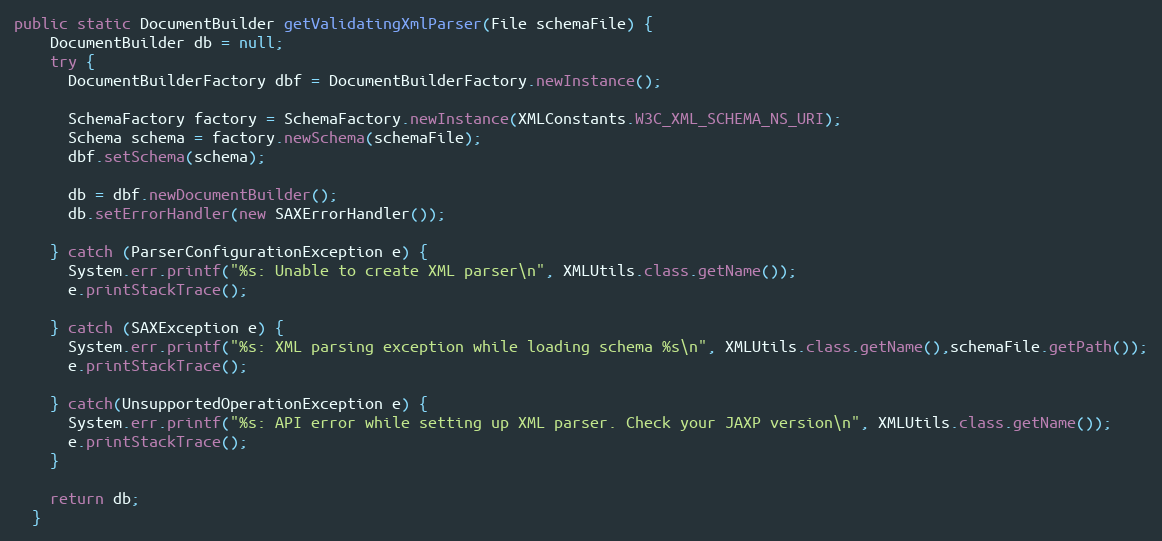
Language: Java
public static DocumentBuilder getValidatingXmlParser(File schemaFile) {
    DocumentBuilder db = null;
    try {
      DocumentBuilderFactory dbf = DocumentBuilderFactory.newInstance();

      SchemaFactory factory = SchemaFactory.newInstance(XMLConstants.W3C_XML_SCHEMA_NS_URI);
      Schema schema = factory.newSchema(schemaFile);
      dbf.setSchema(schema);

      db = dbf.newDocumentBuilder();
      db.setErrorHandler(new SAXErrorHandler());

    } catch (ParserConfigurationException e) {
      System.err.printf("%s: Unable to create XML parser\n", XMLUtils.class.getName());
      e.printStackTrace();

    } catch (SAXException e) {
      System.err.printf("%s: XML parsing exception while loading schema %s\n", XMLUtils.class.getName(),schemaFile.getPath());
      e.printStackTrace();

    } catch(UnsupportedOperationException e) {
      System.err.printf("%s: API error while setting up XML parser. Check your JAXP version\n", XMLUtils.class.getName());
      e.printStackTrace();
    }

    return db;
  }